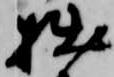
拙